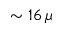
\sim 1 6 \, \mu